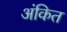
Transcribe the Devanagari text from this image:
अंकित